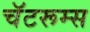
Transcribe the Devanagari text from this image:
चॅटरूम्स